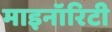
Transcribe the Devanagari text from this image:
माइनॉरिटी